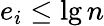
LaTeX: e_{i}\leq\lg n